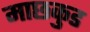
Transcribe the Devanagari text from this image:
माछकुड